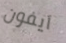
آيفون